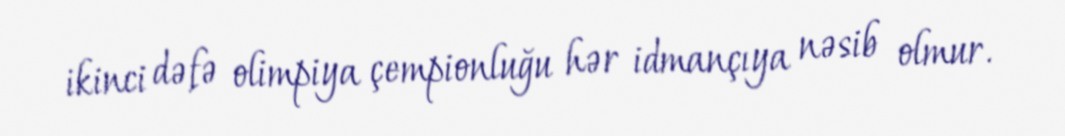
ikinci dəfə olimpiya çempionluğu hər idmançıya nəsib olmur.